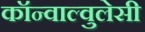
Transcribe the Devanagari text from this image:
कॉन्वाल्वुलेसी